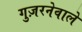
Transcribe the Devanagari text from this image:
गुज़रनेवाले